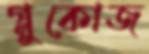
গ্লুকোজ